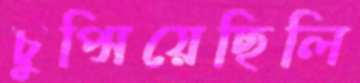
চুপ্‌সিয়েছিলি